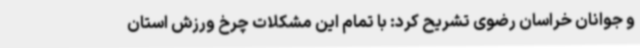
و جوانان خراسان رضوی تشریح کرد: با تمام این مشکلات چرخ ورزش استان